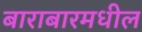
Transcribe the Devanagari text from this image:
बाराबारमधील